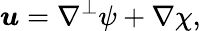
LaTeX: \boldsymbol{u}=\nabla^{\perp}\psi+\nabla\chi,